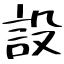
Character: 設